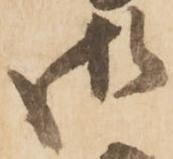
御